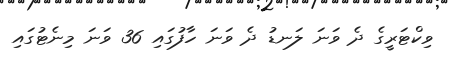
ވިކްޓަރީގެ ދެ ވަނަ ލަނޑު ދެ ވަނަ ހާފުގައި 36 ވަނަ މިނެޓުގައި